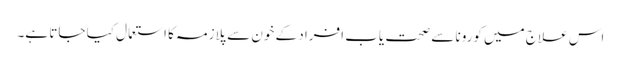
اس علاج میں کورونا سے صحت یاب افراد کے خون سے پلازمہ کا استعمال کیا جاتا ہے۔